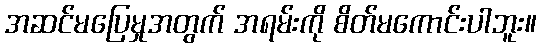
အဆင်မပြေမှုအတွက် အရမ်းကို စိတ်မကောင်းပါဘူး။